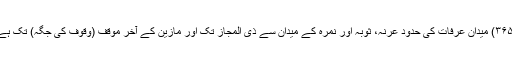
(۳۶۵) میدان عرفات کی حدود عرنہ، ثوبہ اور نمرہ کے میدان سے ذی المجاز تک اور مازین کے آخر موقف (وقوف کی جگہ) تک ہے۔